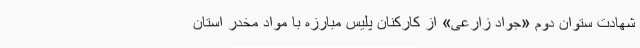
شهادت ستوان دوم «جواد زارعی» از کارکنان پلیس مبارزه با مواد مخدر استان